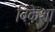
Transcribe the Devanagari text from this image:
विकेशा